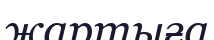
жартыға